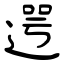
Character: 遌